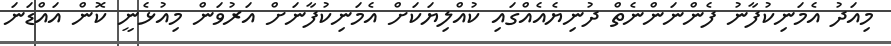
މިއަދު އެމަނިކުފާނު ފެންނަންނެތް ދުނިޔެއެއްގައި ކުއްލިޔަކަށް އެމަނިކުފާނަށް އަރުވަން މިއުޅެނީ ކޮން އައްޑަނަ